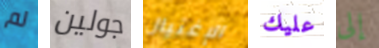
لم جولين الإغتيال عليك إلى